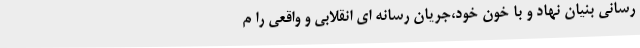
رسانی بنیان نهاد و با خون خود،جریان رسانه ای انقلابی و واقعی را م